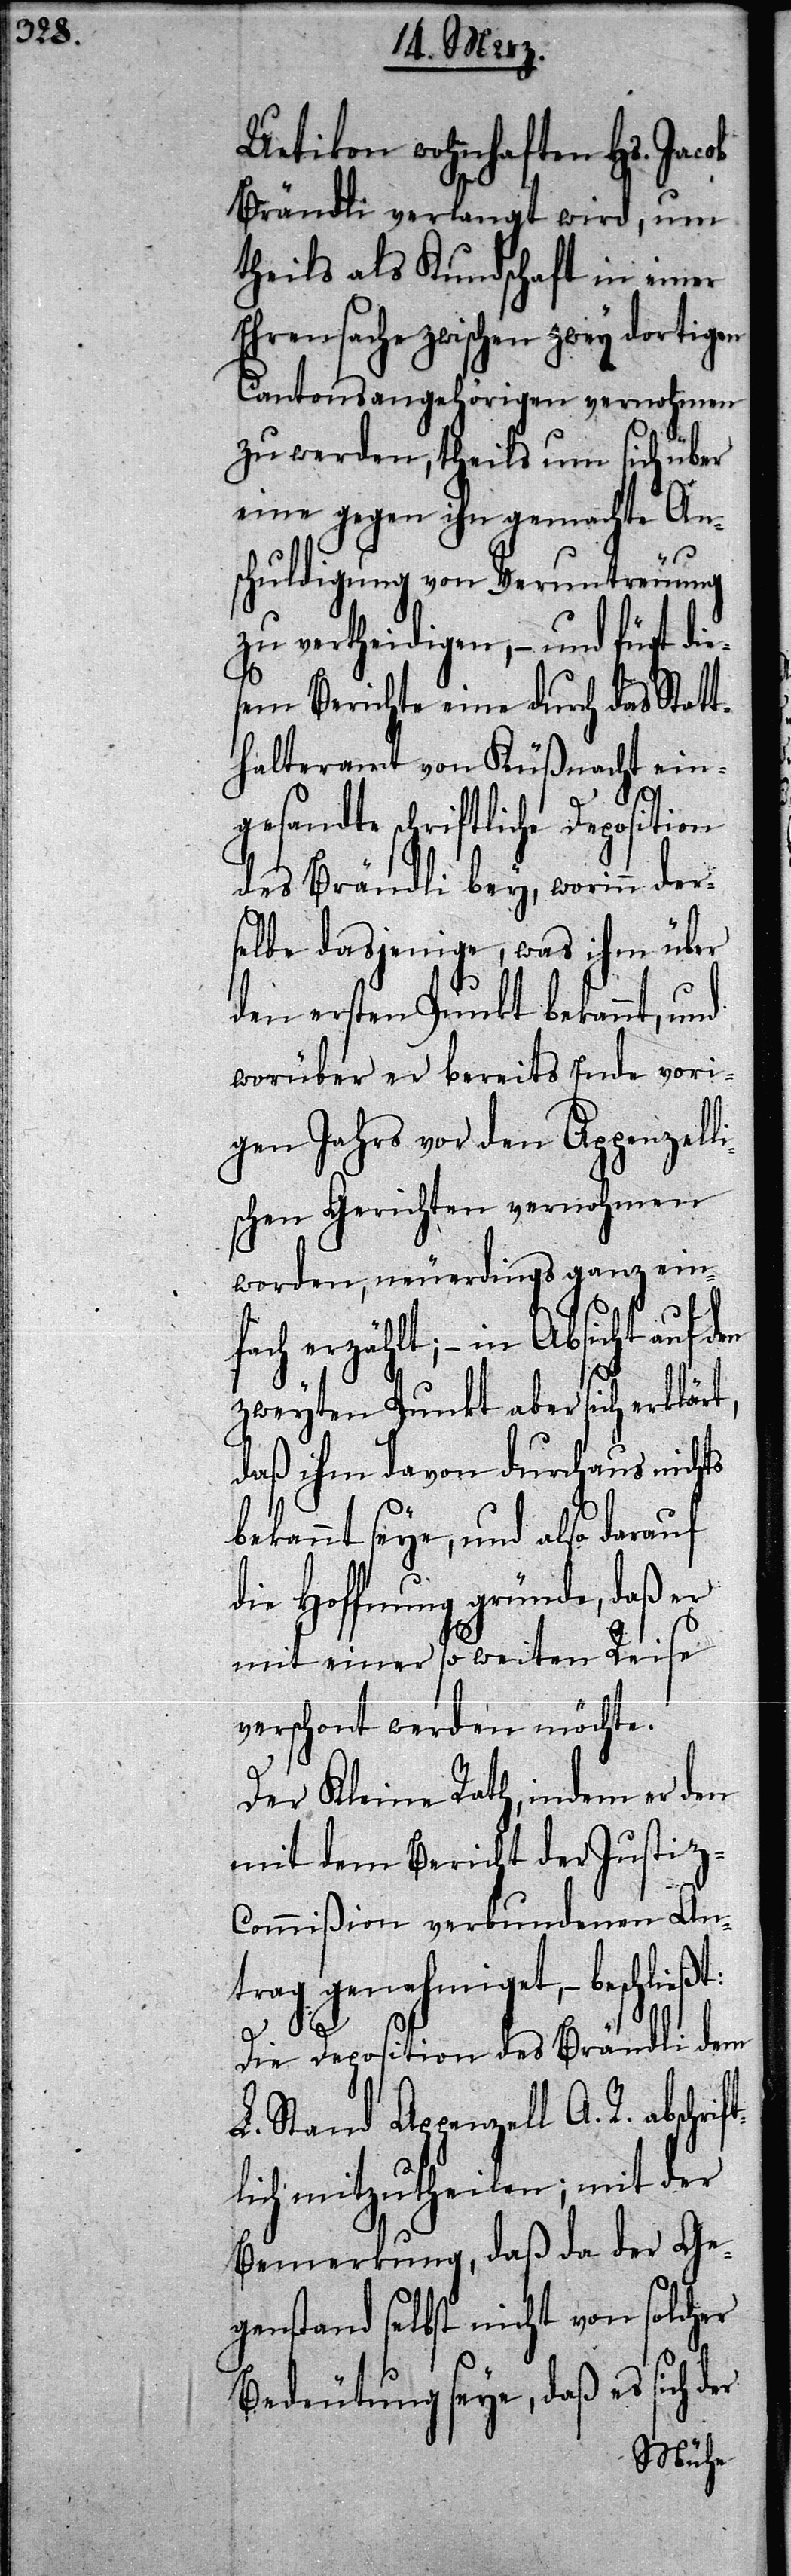
Uetikon wohnhaften Hs. Jacob
Brändli verlangt wird, um
theils als Kundschaft in einer
Ehrensache zwischen zwey dortigen
Cantonsangehörigen vernohmen
zu werden, theils um sich über
eine gegen ihn gemachte Ans¬
chuldigung von Veruntreuung
zu vertheidigen, – und fügt die¬
sem Berichte eine durch das Statt¬
halteramt von Küßnacht ein¬
gesandte schriftliche Deposition
des Brändli bey, worinn der¬
selbe dasjenige, was ihm über
den ersten Punkt bekannt, und
worüber er bereits Ende vori¬
gen Jahres vor den Appenzelli¬
schen Gerichten vernohmen
worden, neuerdings ganz ein¬
fach erzählt; – in Absicht auf
zweyten Punkt aber sich erklär¬
daß ihm davon durchaus nichts
bekannt seye, und also darauf
die Hoffnung gründe, daß er
mit einer so weiten Reise
verschont werden möchte.
Der Kleine Rath, indem er den
mit dem Bericht der Justiz-C¬
ommißion verbundenen An¬
trag genehmiget, – beschließt:
chrift¬
Die Deposition des Brändli dem
L. Stand Appenzell A. R. abs¬
lich mitzutheilen; mit der
Bemerkung, daß da der Ge¬
genstand selbst nicht von solcher
Bedeutung seye, daß es sich